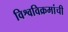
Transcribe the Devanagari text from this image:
विश्वविक्रमांची